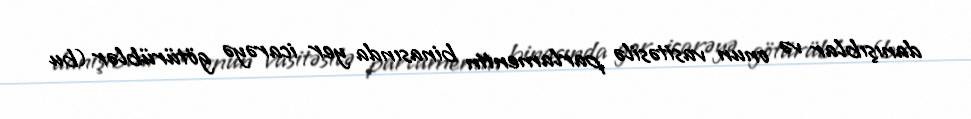
danışıblar və onun vasitəsilə parlamentin binasında yer icarəyə götürüblər (bu